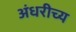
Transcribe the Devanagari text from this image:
अंधरीच्य